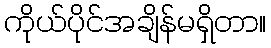
ကိုယ်ပိုင်အချိန်မရှိတာ။